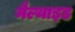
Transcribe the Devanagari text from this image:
मैल्थाइड